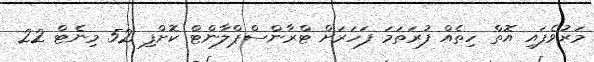
މަރުވެފައި އޮތް ހިތެއް ފުރަތަމަ ފަހަރަށް ޓްރާންސްޕްލާންޓް ކޮށްފި 52 މިނެޓް 22